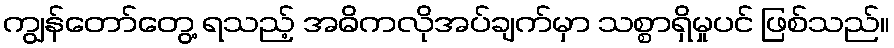
ကျွန်တော်တွေ့ ရသည့် အဓိကလိုအပ်ချက်မှာ သစ္စာရှိမှုပင် ဖြစ်သည်။